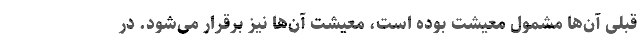
قبلی آن‌ها مشمول معیشت بوده است، معیشت آن‌ها نیز برقرار می‌شود. در